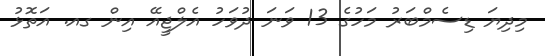
މިދިޔަ ޑިސެމްބަރު މަހުގެ 13 ވަނަ ދުވަހު އެލްޖީއޭ އިން ގއ. އަތޮޅު